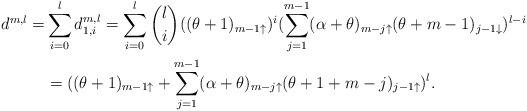
LaTeX: \begin{align*}d^{m,l}= & \sum_{i=0}^{l} d_{1,i}^{m,l} = \sum_{i=0}^{l}\binom{l}{i}((\theta+1)_{m-1\uparrow})^{i}(\sum_{j=1}^{m-1}(\alpha + \theta )_{m-j\uparrow}(\theta+m-1)_{j-1\downarrow})^{l-i} \\ & =( (\theta +1)_{m-1\uparrow} + \sum_{j=1}^{m-1}(\alpha + \theta)_{m-j\uparrow}(\theta+1+m-j)_{j-1\uparrow} )^{l}.\end{align*}